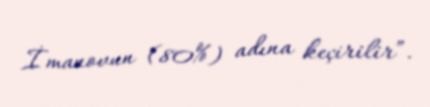
İmanovun (80%) adına keçirilir”.